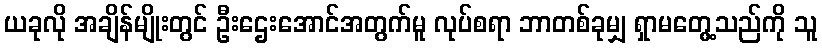
ယခုလို အချိန်မျိုးတွင် ဦးဌေးအောင်အတွက်မူ လုပ်စရာ ဘာတစ်ခုမျှ ရှာမတွေ့သည်ကို သူ